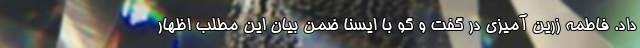
داد. فاطمه زرین آمیزی در گفت و گو با ایسنا ضمن بیان این مطلب اظهار